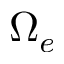
\Omega _ { e }